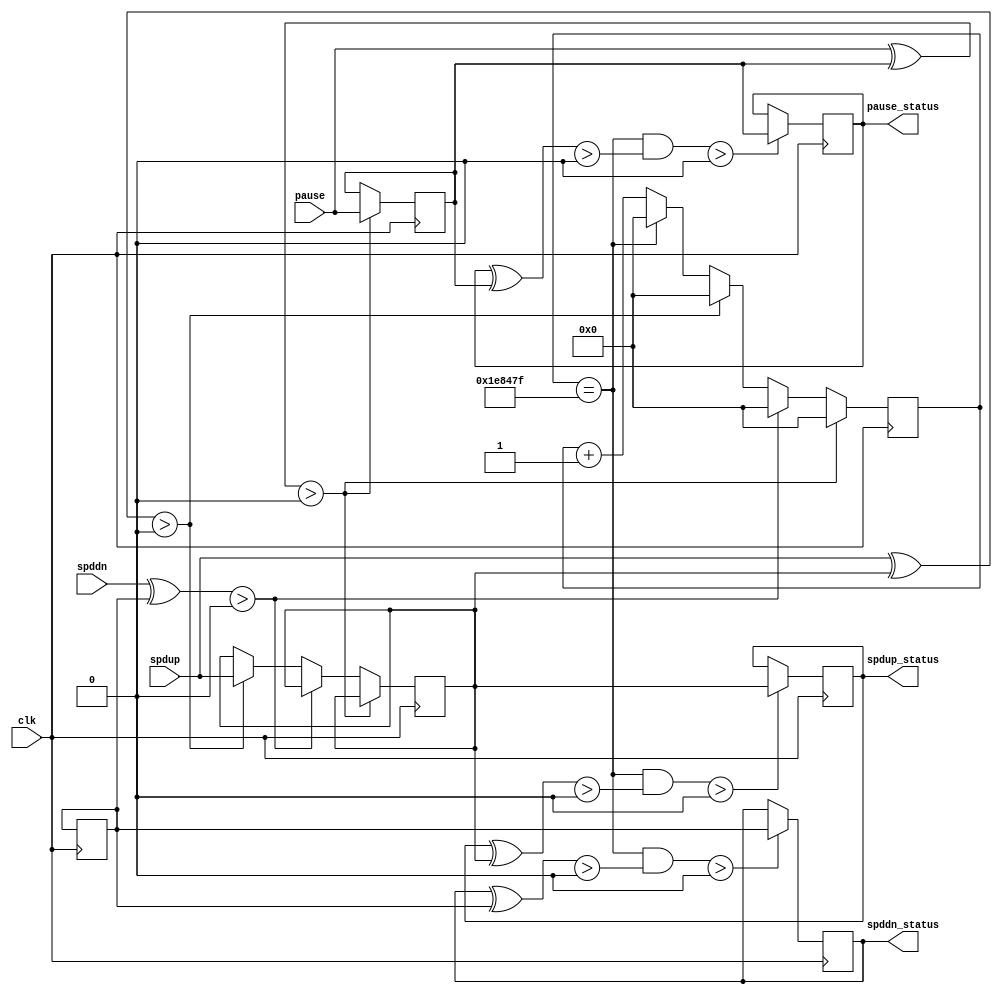
module keys
#(
    parameter CLK_FREQ = 100_000_000 // clock frequency(Mhz), 100 MHz, T = 1/100= 0.01 us
)
(
    input wire clk, // clock input
    input wire pause,
    input wire spdup,
    input wire spddn,
    output reg pause_status,
    output reg spddn_status,
    output reg spdup_status
);
    // local paramerts
    localparam KEY_CLK_MAX = CLK_FREQ * 20 / 1000 - 1; // 20ms
    reg [31:0] key_clk_cnt = 32'b0;

    // key input in previous clock cycle
    reg pause_prev = 1'b1;
    reg spddn_prev = 1'b1;
    reg spdup_prev = 1'b1;

    initial begin
        pause_status = 1'b1;
        spddn_status = 1'b1;
        spdup_status = 1'b1;
    end

    // key change, which may not stable, that happening in current clock cycle
    wire pause_change_now;
    assign pause_change_now = pause ^ pause_prev;
    wire spddn_change_now;
    assign spddn_change_now = spddn ^ spddn_prev;
    wire spdup_change_now;
    assign spdup_change_now = spdup ^ spdup_prev;

    // key stably change after 20ms sampling time
    wire pause_change_stably;
    assign pause_change_stably = (key_clk_cnt == KEY_CLK_MAX) && (pause_status ^pause_prev) > 0;
    wire spddn_change_stably;
    assign spddn_change_stably = (key_clk_cnt == KEY_CLK_MAX) && (spddn_status ^spddn_prev) > 0;
    wire spdup_change_stably;
    assign spdup_change_stably = (key_clk_cnt == KEY_CLK_MAX) && (spdup_status ^spdup_prev) > 0;

    // timer for key pin sampling, driven by clk & reset
    always @(posedge clk) begin
        if (pause_change_now > 0) begin
        // clk reset when key changed
            pause_prev <= pause;
            key_clk_cnt <= 32'b0;
        end
        else if (spddn_change_now > 0) begin
        // clk reset when key changed
            key_clk_cnt <= 32'b0;
        end
        else if (spdup_change_now > 0) begin
        // clk reset when key changed
            spdup_prev <= spdup;
            key_clk_cnt <= 32'b0;
        end
        else begin
        // when key not changed, compare to previous clock cycle
            pause_prev <= pause_prev;
            spddn_prev <= spddn_prev;
            spdup_prev <= spdup_prev;
        // clk counter for sampling time
        if (key_clk_cnt == KEY_CLK_MAX) begin
            key_clk_cnt <= 32'b0;
        end
        else begin
            key_clk_cnt <= key_clk_cnt + 32'b1;
        end
        end
    end
    
    // key status update, when key change stably, driven by clk & reset
    always @(posedge clk) begin
        if (pause_change_stably > 0) begin
            pause_status <= pause_prev;
        end
        else begin
            pause_status <= pause_status;
        end

        if (spddn_change_stably > 0) begin
            spddn_status <= spddn_prev;
        end
        else begin
            spddn_status <= spddn_status;
        end

        if (spdup_change_stably > 0) begin
            spdup_status <= spdup_prev;
        end
        else begin
            spdup_status <= spdup_status;
        end
    end
endmodule